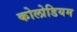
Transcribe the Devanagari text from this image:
कोलोडियम